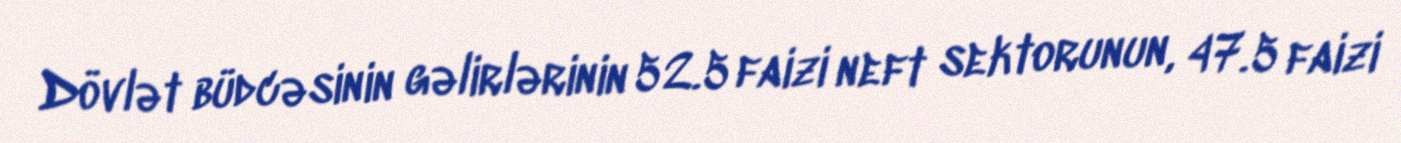
Dövlət büdcəsinin gəlirlərinin 52.5 faizi neft sektorunun, 47.5 faizi